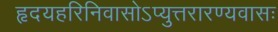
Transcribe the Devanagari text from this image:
हृदयहरिनिवासोऽप्युत्तरारण्यवासः